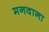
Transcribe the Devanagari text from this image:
मनवाना